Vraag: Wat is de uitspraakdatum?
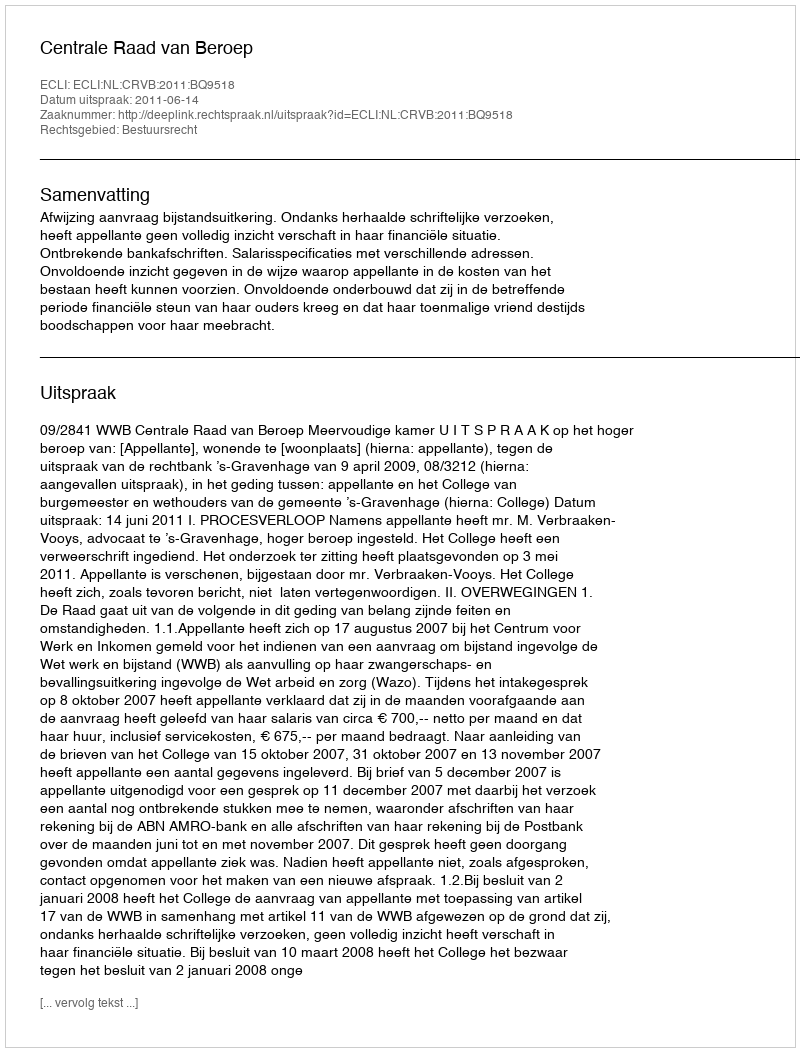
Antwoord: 2011-06-14